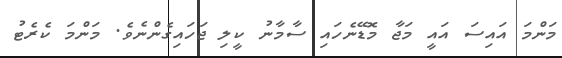
މަންމަ އައިސަ އައީ މަޖާ މޮޑޭނެހައި ސާމާނު ކީލި ޖަހައިގެންނެވެ. މަންމަ ކެރެޓު